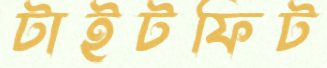
টাইটফিট